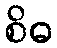
စိဓ